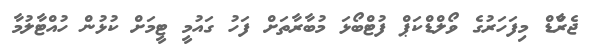
ޖެރާްޑް މިފަހަރުގެ ވޯލްޑްކަޕް ފުޓްބޯޅަ މުބާރާތަށް ފަހު ގައުމީ ޓީމަށް ކުޅުން ހުއްޓާލުމާ